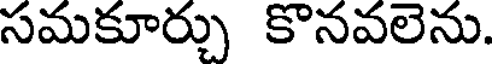
సమకూర్చు కొనవలెను.